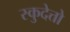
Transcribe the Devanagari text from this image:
स्कुदेत्तो